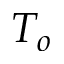
T _ { o }